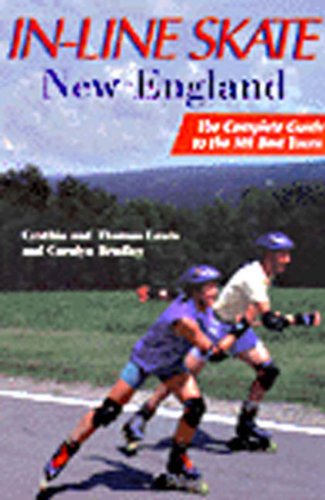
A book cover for In-Line Skate New England: The Complete Guide to the 101 Best Tours; Cynthia Lewis; Sports & Outdoors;